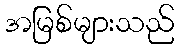
အမြစ်များသည်